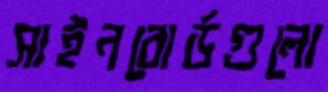
সাইনবোর্ডগুলো